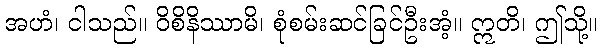
အဟံ၊ ငါသည်။ ဝိစိနိဿာမိ၊ စုံစမ်းဆင်ခြင်ဦးအံ့။ ဣတိ၊ ဤသို့။